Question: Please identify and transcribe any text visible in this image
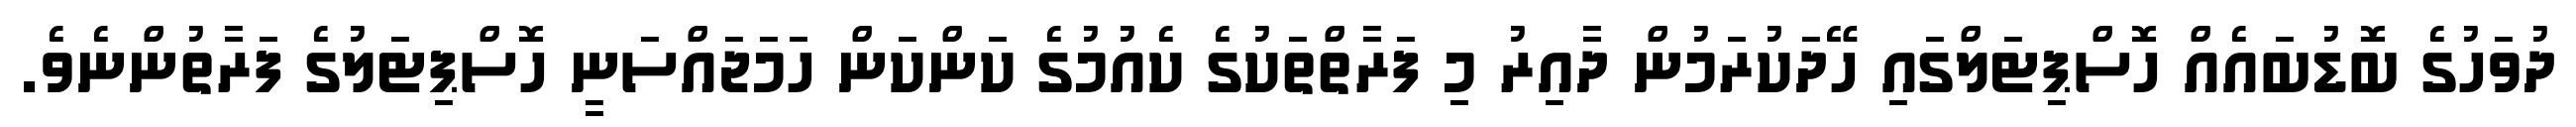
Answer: ދުވަހުގެ ބޮޑުބައެއް ހޮސްޕިޓަލްގައި ހޭދަކުރަމުން ދާއިރު މި ފަރާތްތަކުގެ ކެއުމުގެ ކަންކަން ހަމަޖައްސަނީ ހޮސްޕިޓަލުގެ ފަރާތުންނެވެ.